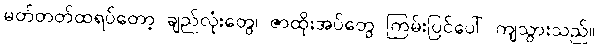
မတ်တတ်ထရပ်တော့ ချည်လုံးတွေ၊ ဇာထိုးအပ်တွေ ကြမ်းပြင်ပေါ် ကျသွားသည်။